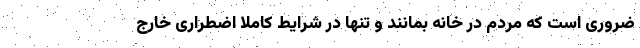
ضروری است که مردم در خانه بمانند و تنها در شرایط کاملا اضطراری خارج